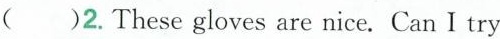
( )2. These gloves are nice. Can I try